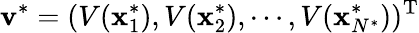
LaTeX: \mathbf{v}^{*}=(V(\mathbf{x}_{1}^{*}),V(\mathbf{x}_{2}^{*}),\cdots,V(\mathbf{x}_{N^{*}}^{*}))^{\mathrm{T}}